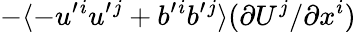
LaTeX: -\langle{-u^{\prime}{}^{i}u^{\prime}{}^{j}+b^{\prime}{}^{i}b^{\prime}{}^{j}}\rangle(\partial U^{j}/\partial x^{i})